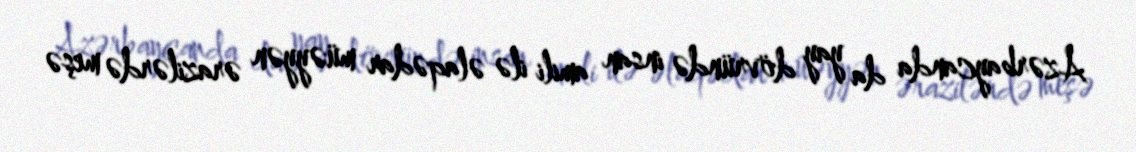
Azərbaycanda da yay dövründə insan amili ilə əlaqədar müəyyən ərazilərdə meşə